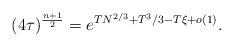
LaTeX: \begin{align*}(4\tau)^{\frac{n+1}2}=e^{TN^{2/3}+T^3/3-T\xi+o(1)}.\end{align*}